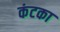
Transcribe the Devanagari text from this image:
कंटका